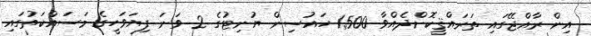
އިން ރާއްޖޭގައި ތަރައްޤީކޮށްދެއްވާ 1